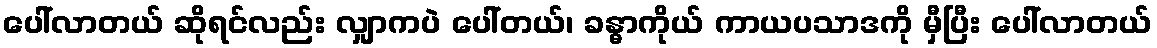
ပေါ်လာတယ် ဆိုရင်လည်း လျှာကပဲ ပေါ်တယ်၊ ခန္ဓာကိုယ် ကာယပသာဒကို မှီပြီး ပေါ်လာတယ်